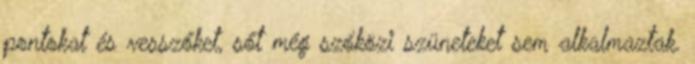
pontokat és vesszőket, sőt még szóközi szüneteket sem alkalmaztak.